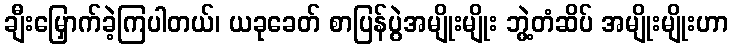
ချီးမြှောက်ခဲ့ကြပါတယ်၊ ယခုခေတ် စာပြန်ပွဲအမျိုးမျိုး ဘွဲ့တံဆိပ် အမျိုးမျိုးဟာ